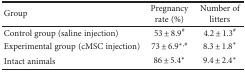
| Group | Pregnancy rate (%) | Number of litters |
 | --- | --- | --- |
 | Control group (saline injection) | 53 ± 8.9# | 4.2 ± 1.3# |
 | Experimental group (cMSC injection) | 73 ± 6.9∗,# | 8.3 ± 1.8∗ |
 | Intact animals | 86 ± 5.4∗ | 9.4 ± 2.4∗ |